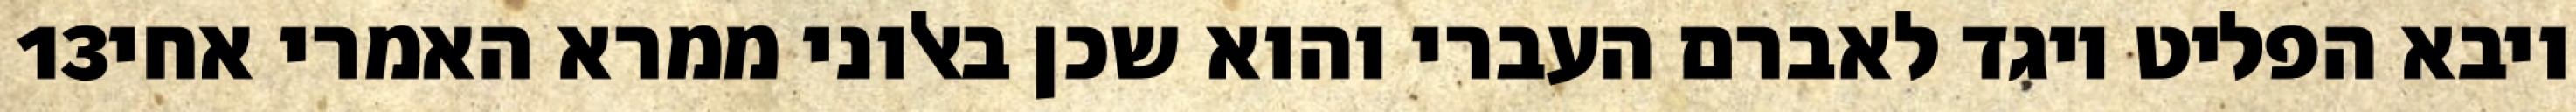
‎13‏ ויבא הפליט ויגד לאברם העברי והוא שכן באלוני ממרא האמרי אחי